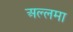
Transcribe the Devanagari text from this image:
अल्‍लमा